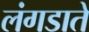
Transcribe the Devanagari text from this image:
लंगडाते